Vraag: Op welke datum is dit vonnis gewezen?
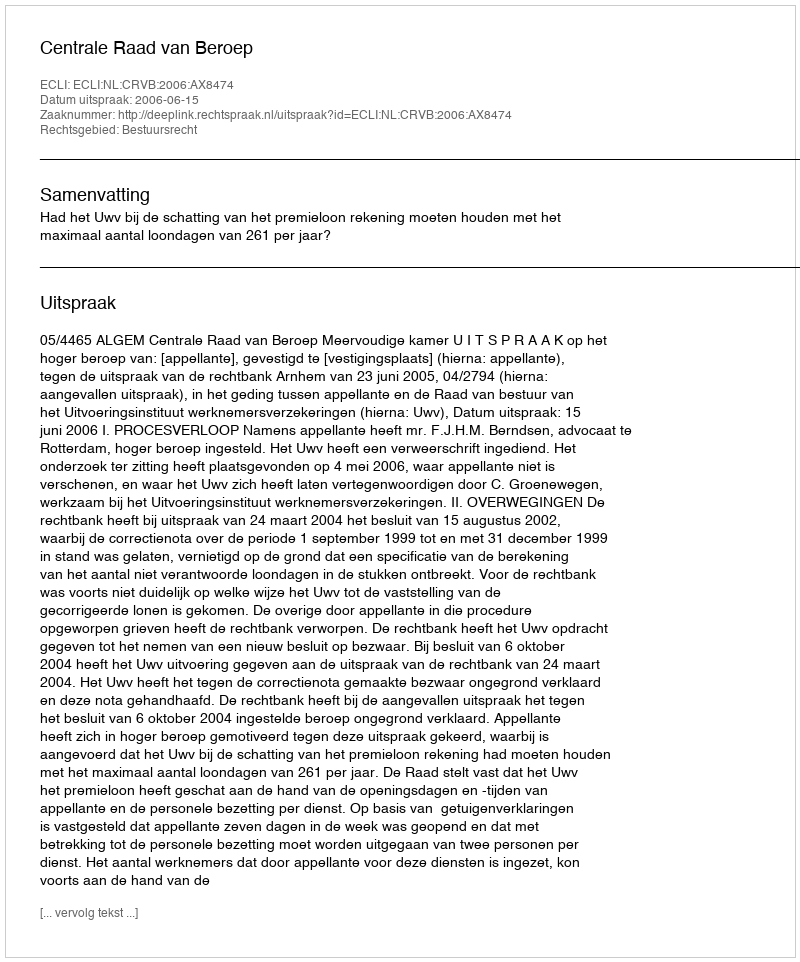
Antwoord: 2006-06-15